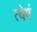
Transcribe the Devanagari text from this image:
त्वेषं